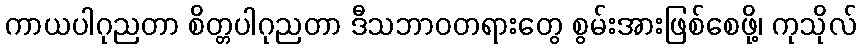
ကာယပါဂုညတာ စိတ္တပါဂုညတာ ဒီသဘာဝတရားတွေ စွမ်းအားဖြစ်စေဖို့၊ ကုသိုလ်